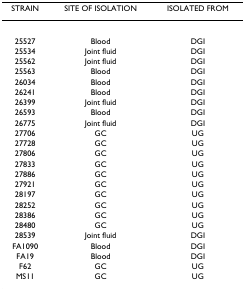
<table><thead><tr><td><b>STRAIN</b></td><td><b>SITE OF ISOLATION</b></td><td><b>ISOLATED FROM</b></td></tr></thead><tbody><tr><td>25527</td><td>Blood</td><td>DGI</td></tr><tr><td>25534</td><td>Joint fluid</td><td>DGI</td></tr><tr><td>25562</td><td>Joint fluid</td><td>DGI</td></tr><tr><td>25563</td><td>Blood</td><td>DGI</td></tr><tr><td>26034</td><td>Blood</td><td>DGI</td></tr><tr><td>26241</td><td>Blood</td><td>DGI</td></tr><tr><td>26399</td><td>Joint fluid</td><td>DGI</td></tr><tr><td>26593</td><td>Blood</td><td>DGI</td></tr><tr><td>26775</td><td>Joint fluid</td><td>DGI</td></tr><tr><td>27706</td><td>GC</td><td>UG</td></tr><tr><td>27728</td><td>GC</td><td>UG</td></tr><tr><td>27806</td><td>GC</td><td>UG</td></tr><tr><td>27833</td><td>GC</td><td>UG</td></tr><tr><td>27886</td><td>GC</td><td>UG</td></tr><tr><td>27921</td><td>GC</td><td>UG</td></tr><tr><td>28197</td><td>GC</td><td>UG</td></tr><tr><td>28252</td><td>GC</td><td>UG</td></tr><tr><td>28386</td><td>GC</td><td>UG</td></tr><tr><td>28480</td><td>GC</td><td>UG</td></tr><tr><td>28539</td><td>Joint fluid</td><td>DGI</td></tr><tr><td>FA1090</td><td>Blood</td><td>DGI</td></tr><tr><td>FA19</td><td>Blood</td><td>DGI</td></tr><tr><td>F62</td><td>GC</td><td>UG</td></tr><tr><td>MS11</td><td>GC</td><td>UG</td></tr></tbody></table>